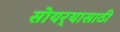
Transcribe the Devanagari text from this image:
सोयर्‍यासाठी